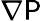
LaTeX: \nabla\mathsf{P}